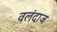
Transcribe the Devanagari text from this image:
वलंदाज